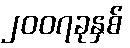
၂၀၀၇ခုနှစ်